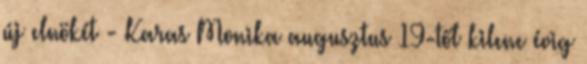
új elnökét - Karas Monika augusztus 19-től kilenc évig